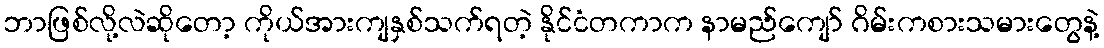
ဘာဖြစ်လို့လဲဆိုတော့ ကိုယ်အားကျနှစ်သက်ရတဲ့ နိုင်ငံတကာက နာမည်ကျော် ဂိမ်းကစားသမားတွေနဲ့